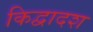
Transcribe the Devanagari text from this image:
किद्वादश